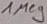
Text: 1Meg